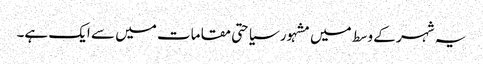
یہ شہر کے وسط میں مشہور سیاحتی مقامات میں سے ایک ہے۔